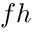
f h